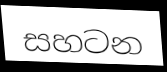
සහටන